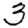
Digit: 3